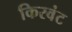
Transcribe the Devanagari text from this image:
किरवंट